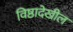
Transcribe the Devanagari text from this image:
विष्ठादेखील